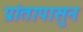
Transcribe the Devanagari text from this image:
प्रांतापासुन